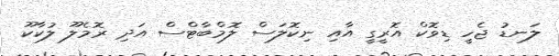
ލަނޑު ޖެހީ ޑިވޮކް އޮރީގީ އާއި ނިކޮލަސް ލޮމްބާޓްސް އަދި ރޮމެލޫ ލުކާކޫ